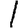
Digit: 1